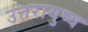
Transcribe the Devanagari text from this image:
उत्तरायुष्य